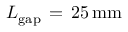
L _ { \mathrm { { g a p } } } \, = \, 2 5 \, \mathrm { { m m } }